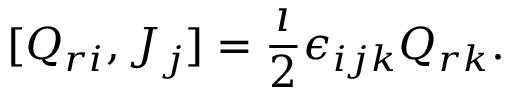
\lbrack { Q _ { r i } , J _ { j } } \rbrack = \frac { \imath } { 2 } \epsilon _ { i j k } Q _ { r k } .